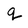
Character: q